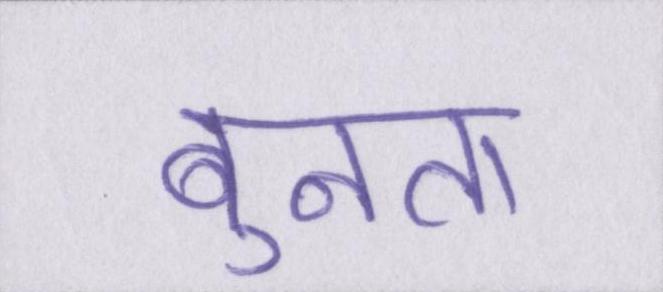
बुनता